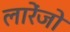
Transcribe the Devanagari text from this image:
लारेंजो